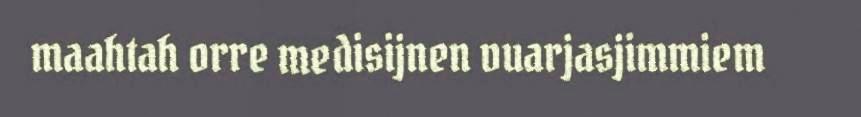
maahtah orre medisijnen vuarjasjimmiem